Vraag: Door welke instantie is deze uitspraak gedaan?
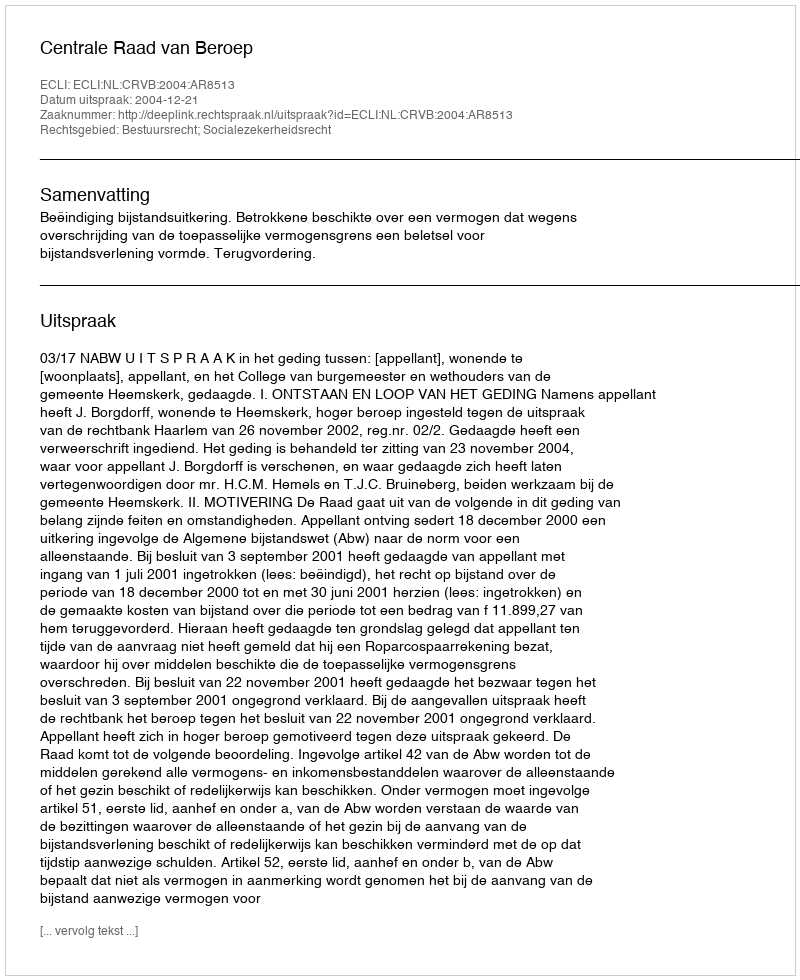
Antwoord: Centrale Raad van Beroep